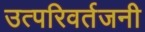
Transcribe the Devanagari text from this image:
उत्परिवर्तजनी